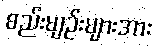
စည်းမျဉ်းများအား